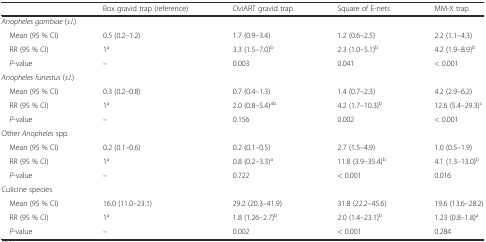
<table><thead><tr><td></td><td><b>Box gravid trap (reference)</b></td><td><b>OviART gravid trap</b></td><td><b>Square of E-nets</b></td><td><b>MM-X trap</b></td></tr></thead><tbody><tr><td colspan="5"><i>Anopheles gambiae</i> (<i>s.l</i>.)</td></tr><tr><td> Mean (95 % CI)</td><td>0.5 (0.2–1.2)</td><td>1.7 (0.9–3.4)</td><td>1.2 (0.6–2.5)</td><td>2.2 (1.1–4.3)</td></tr><tr><td> RR (95 % CI)</td><td>1<sup>a</sup></td><td>3.3 (1.5–7.0)<sup>b</sup></td><td>2.3 (1.0–5.1)<sup>b</sup></td><td>4.2 (1.9–8.9)<sup>b</sup></td></tr><tr><td> <i>P</i>-value</td><td>–</td><td>0.003</td><td>0.041</td><td>&lt; 0.001</td></tr><tr><td colspan="5"><i>Anopheles funestus</i> (<i>s.l</i>.)</td></tr><tr><td> Mean (95 % CI)</td><td>0.3 (0.2–0.8)</td><td>0.7 (0.4–1.3)</td><td>1.4 (0.7–2.3)</td><td>4.2 (2.9–6.2)</td></tr><tr><td> RR (95 % CI)</td><td>1<sup>a</sup></td><td>2.0 (0.8–5.4)<sup>ab</sup></td><td>4.2 (1.7–10.3)<sup>b</sup></td><td>12.6 (5.4–29.3)<sup>c</sup></td></tr><tr><td> <i>P</i>-value</td><td>–</td><td>0.156</td><td>0.002</td><td>&lt; 0.001</td></tr><tr><td colspan="5">Other <i>Anopheles</i> spp<i>.</i></td></tr><tr><td> Mean (95 % CI)</td><td>0.2 (0.1–0.6)</td><td>0.2 (0.1–0.5)</td><td>2.7 (1.5–4.9)</td><td>1.0 (0.5–1.9)</td></tr><tr><td> RR (95 % CI)</td><td>1<sup>a</sup></td><td>0.8 (0.2–3.3)<sup>a</sup></td><td>11.8 (3.9–35.4)<sup>b</sup></td><td>4.1 (1.3–13.0)<sup>b</sup></td></tr><tr><td> <i>P</i>-value</td><td>–</td><td>0.722</td><td>&lt; 0.001</td><td>0.016</td></tr><tr><td colspan="5">Culicine species</td></tr><tr><td> Mean (95 % CI)</td><td>16.0 (11.0–23.1)</td><td>29.2 (20.3–41.9)</td><td>31.8 (22.2–45.6)</td><td>19.6 (13.6–28.2)</td></tr><tr><td> RR (95 % CI)</td><td>1<sup>a</sup></td><td>1.8 (1.26–2.7)<sup>b</sup></td><td>2.0 (1.4–23.1)<sup>b</sup></td><td>1.23 (0.8–1.8)<sup>a</sup></td></tr><tr><td> <i>P-</i>value</td><td>–</td><td>0.002</td><td>&lt; 0.001</td><td>0.284</td></tr></tbody></table>